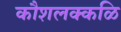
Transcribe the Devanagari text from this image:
कौशलक्कळि